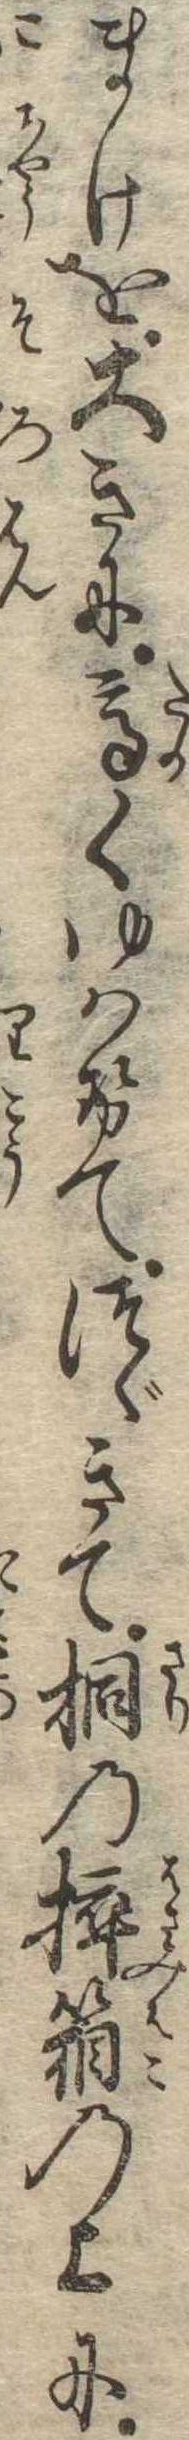
まけを大きに高くゆはせてつゞきて桐の挟箱の上に